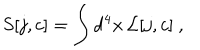
S [ j , c ] = \int \mathrm { d } ^ { 4 } x \, { \cal L } [ j , c ] \ ,